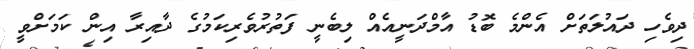
ދިވެހި ދައުލަތަށް އެންމެ ބޮޑު އާމްދަނީއެއް ލިބެނީ ފަތުރުވެރިކަމުގެ ދާއިރާ އިން ކަމަށްވީ